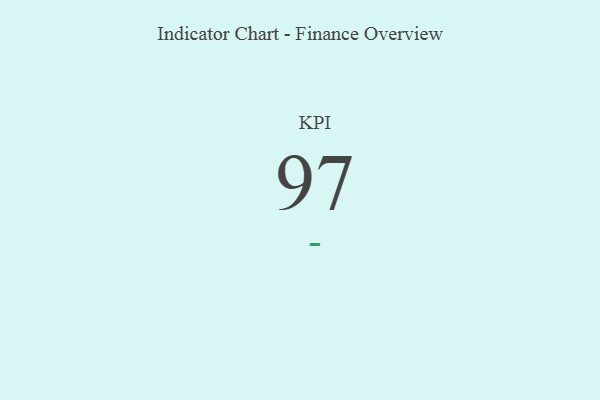
{"axis": {"x": "KPI", "y": "Value"}, "legend": [""], "data": [{"x": "KPI", "y": 97, "type": ""}]}